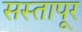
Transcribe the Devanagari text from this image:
सस्तापूर